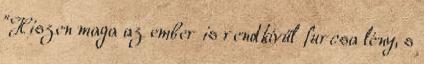
"Hiszen maga az ember is rendkívűl furcsa lény, s